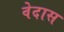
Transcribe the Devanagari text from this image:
वेदास